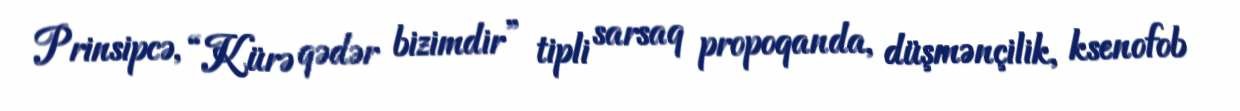
Prinsipcə, “Kürə qədər bizimdir” tipli sarsaq propoqanda, düşmənçilik, ksenofob